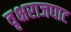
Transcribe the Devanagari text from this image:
वृक्षराजघाट